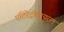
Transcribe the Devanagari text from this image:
एंटिरेट्रोवायरल